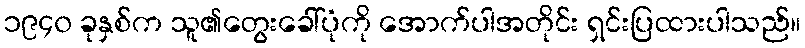
၁၉၄၀ ခုနှစ်က သူ၏တွေးခေါ်ပုံကို အောက်ပါအတိုင်း ရှင်းပြထားပါသည်။